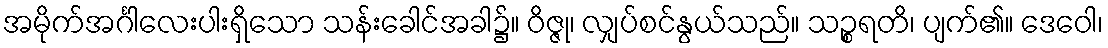
အမိုက်အင်္ဂါလေးပါးရှိသော သန်းခေါင်အခါ၌။ ဝိဇ္ဇု၊ လျှပ်စင်နွယ်သည်။ သဉ္စရတိ၊ ပျက်၏။ ဒေဝေါ၊